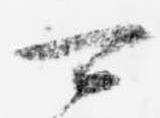
可